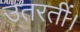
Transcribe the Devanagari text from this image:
उतरतीं।